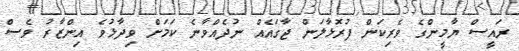
ރައީސް ޔާމީންގެ ވެރިކަން ފުރޮޅާލަން ޖާގައެއް ނުދެއްވާނެ ކަމަށް ވިދާޅުވެ އިންޒާރު ވެސް